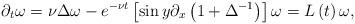
LaTeX: \begin{align*}\partial_{t}\omega=\nu\Delta\omega-e^{-\nu t}\left[ \sin y\partial_{x}\left(1+\Delta^{-1}\right) \right] \omega=L\left( t\right) \omega,\end{align*}